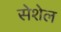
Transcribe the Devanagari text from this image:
सेशेल